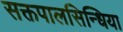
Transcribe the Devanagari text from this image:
सक्तपालसिन्धिया